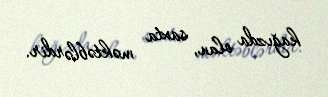
kağızda olan, saxta məktəblərdir.